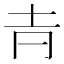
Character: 𡉉